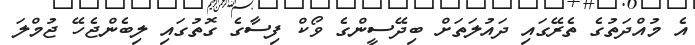
އެ މުއްދަތުގެ ތެރޭގައި ދައުލަތަށް ބިދޭސީންގެ ވޯކް ފިސާގެ ގޮތުގައި ލިބެންޖެހޭ ޖުމްލަ